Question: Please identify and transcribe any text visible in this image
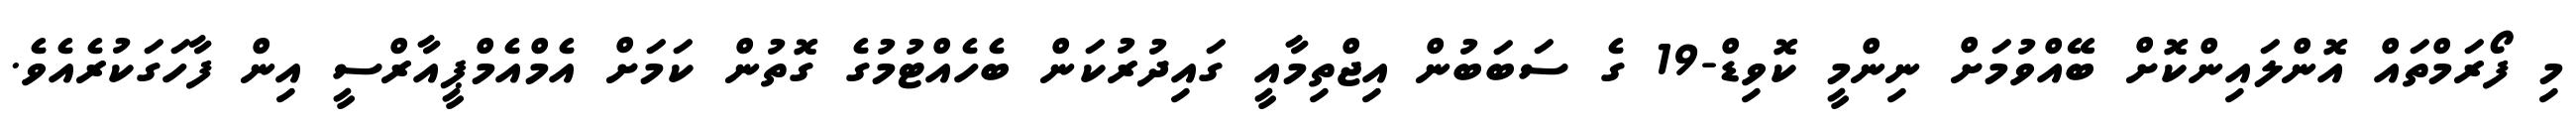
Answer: މި ފޯރަމްތައް އޮންލައިންކޮށް ބޭއްވުމަށް ނިންމީ ކޮވިޑް-19 ގެ ސަބަބުން އިޖްތިމާއީ ގައިދުރުކަން ބެހެއްޓުމުގެ ގޮތުން ކަމަށް އެމްއެމްޕީއާރްސީ އިން ފާހަގަކުރެއެވެ.